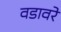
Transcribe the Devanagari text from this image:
वडावरे